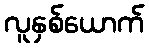
လူနှစ်ယောက်